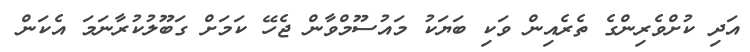
އަދި ކުށްވެރިންގެ ތެރެއިން ވަކި ބަޔަކު މައުސޫމްވާން ޖެހޭ ކަަމަށް ގަބޫލުކުރާނަމަ އެކަން